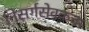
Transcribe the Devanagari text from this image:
निसर्गसेवकचा